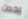
يحدث